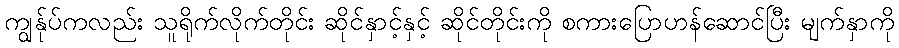
ကျွန်ုပ်ကလည်း သူရိုက်လိုက်တိုင်း ဆိုင်နှာင့်နှင့် ဆိုင်တိုင်းကို စကားပြောဟန်ဆောင်ပြီး မျက်နှာကို